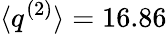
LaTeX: \langle q^{(2)}\rangle=16.86